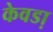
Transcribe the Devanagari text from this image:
केवडा़